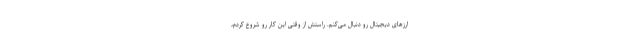
ارزهای دیجیتال رو دنبال می­کنم. راستش از وقتی این کار رو شروع کردم،